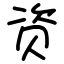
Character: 资